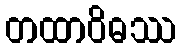
တထာဝိဓဿ